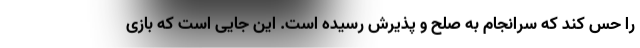
را حس کند که سرانجام به صلح و پذیرش رسیده است. این جایی است که بازی